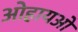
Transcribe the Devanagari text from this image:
ओहायओ